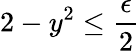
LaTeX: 2-y^{2}\leq{\frac{\epsilon}{2}}